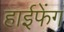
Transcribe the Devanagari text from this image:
हाईफेंग